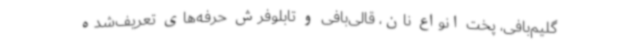
گلیم‌بافی، پخت انواع نان، قالی‌بافی و تابلوفرش حرفه‌های تعریف‌شده